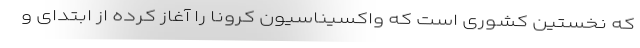
که نخستین کشوری است که واکسیناسیون کرونا را آغاز کرده از ابتدای و